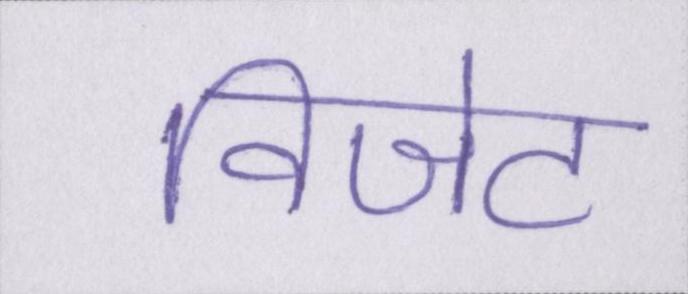
विजेट